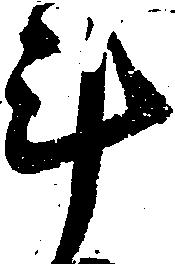
斗